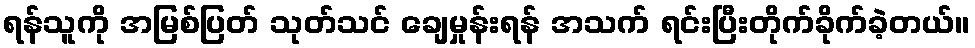
ရန်သူကို အမြစ်ပြတ် သုတ်သင် ချေမှုန်းရန် အသက် ရင်းပြီးတိုက်ခိုက်ခဲ့တယ်။